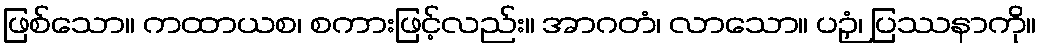
ဖြစ်သော။ ကထာယစ၊ စကားဖြင့်လည်း။ အာဂတံ၊ လာသော။ ပဉှံ၊ ပြဿနာကို။